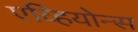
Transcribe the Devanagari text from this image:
एव्हियोन्स